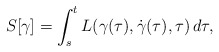
\begin{align*}S[\gamma]=\int_s^t L(\gamma(\tau),\dot{\gamma}(\tau),\tau)\,d\tau,\end{align*}